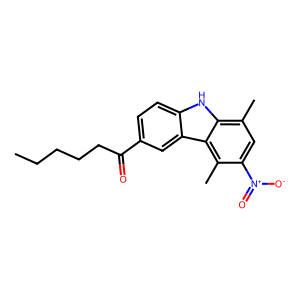
SMILES: CCCCCC(=O)c1ccc2[nH]c3c(C)cc([N+](=O)[O-])c(C)c3c2c1
Inhibits HIV replication: No